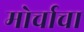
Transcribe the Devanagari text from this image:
मोर्चाचा